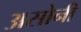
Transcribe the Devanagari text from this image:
असोनी